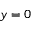
y = 0